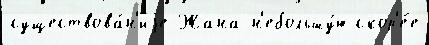
существова́н'иjе Жана н'ебольшу́ю скор'е́е